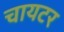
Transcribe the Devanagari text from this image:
चायटर